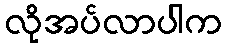
လိုအပ်လာပါက